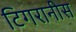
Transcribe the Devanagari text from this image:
टिगरानीस